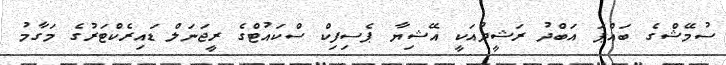
ސުމޭޝްގެ ބައްޕަ އަބްދު ރަޝީދުއަކީ އޭޝިޔާ ޕެސިފިކް ސްކައުޓްގެ ރީޖަނަލް ޑައިރެކްޓަރުގެ މަގާމު